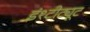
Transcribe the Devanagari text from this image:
इंश्टीट्यूट